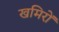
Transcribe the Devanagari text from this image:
खमिरों